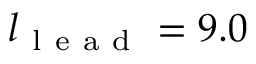
l _ { \mathrm { ~ l ~ e ~ a ~ d ~ } } = 9 . 0